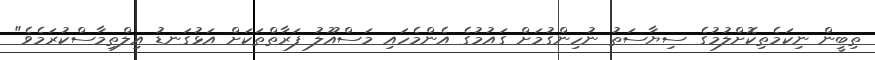
ތިބީން ނިކަމެތިކޮށްލުމުގެ ސިޔާސަތު ނުހިންގުމަށް ގައުމުގެ އެންމެހައި މަސްއޫލު ފަރާތްތަކަށް އަޅުގަނޑު އިލްތިމާސްކުރަމެވެ"